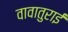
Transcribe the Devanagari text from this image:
वावातुराई